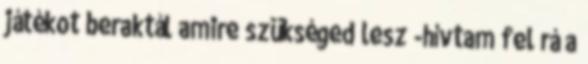
játékot beraktál amire szükséged lesz -hívtam fel rá a